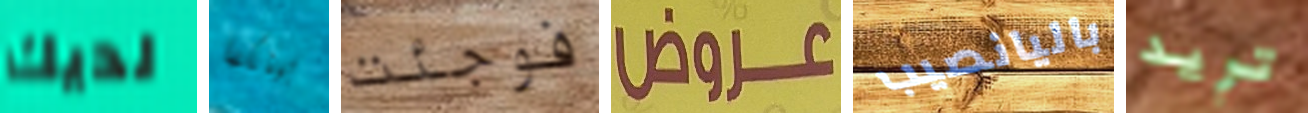
لديك بينكما فوجئت عروض باليانصيب تريد